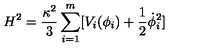
H ^ { 2 } = \frac { \kappa ^ { 2 } } { 3 } \sum _ { i = 1 } ^ { m } [ V _ { i } ( \phi _ { i } ) + \frac { 1 } { 2 } \dot { \phi } _ { i } ^ { 2 } ]